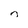
Character: n